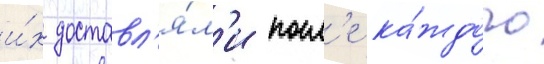
и́х доставл'я́л'и посл'е ка́ждого